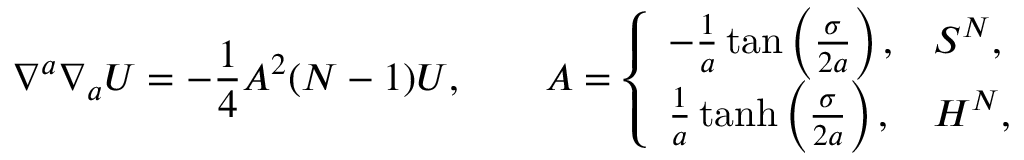
\nabla ^ { a } \nabla _ { a } U = - \frac { 1 } { 4 } A ^ { 2 } ( N - 1 ) U , \qquad A = \left\{ \begin{array} { l l } { { - \frac { 1 } { a } \tan \left( \frac { \sigma } { 2 a } \right) , } } & { { S ^ { N } , } } \\ { { \frac { 1 } { a } \operatorname { t a n h } \left( \frac { \sigma } { 2 a } \right) , } } & { { H ^ { N } , } } \end{array} \right.